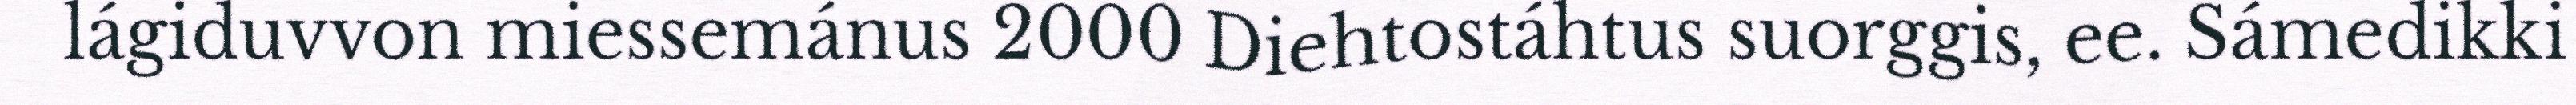
lágiduvvon miessemánus 2000 Diehtostáhtus suorggis, ee. Sámedikki